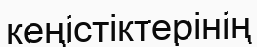
кеңістіктерінің